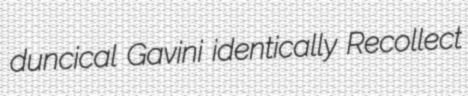
duncical Gavini identically Recollect